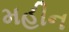
મહીન